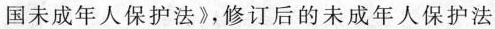
国未成年人保护法》，修订后的未成年人保护法